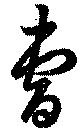
曹